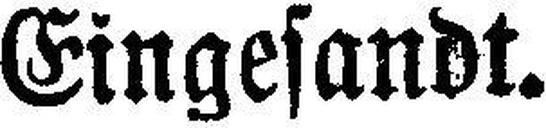
Eingesandt.